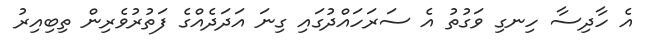
އެ ހާދިސާ ހިނގި ވަގުތު އެ ސަރަހައްދުގައި ގިނަ އަދަދެއްގެ ފަތުރުވެރިން ތިބިއިރު